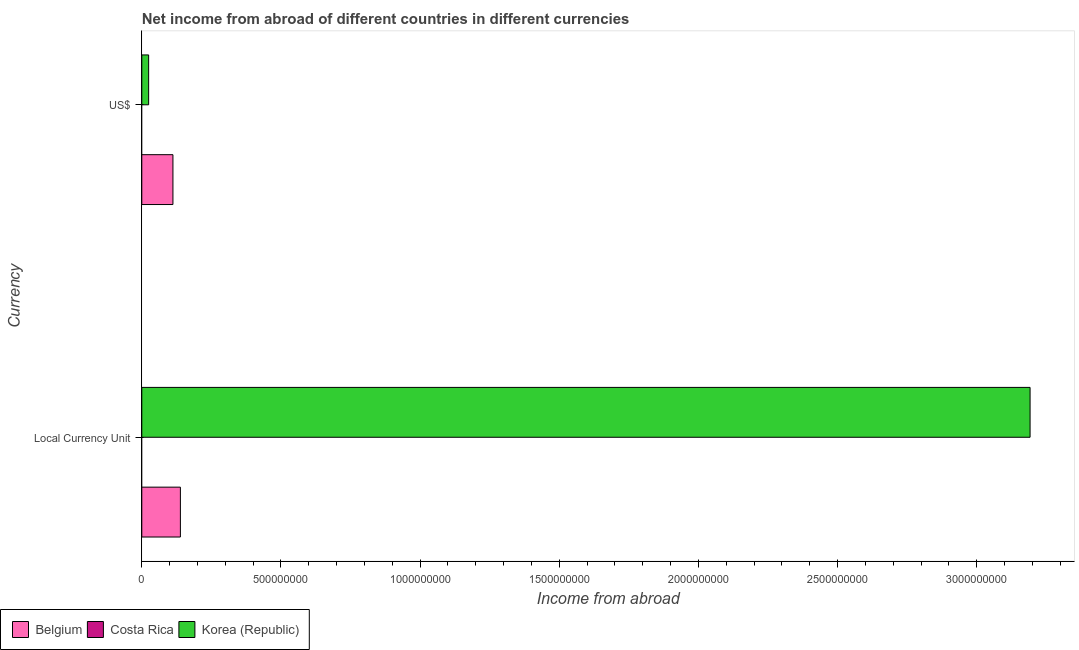
| Currency | Belgium | Costa Rica | Korea (Republic) |
 | --- | --- | --- | --- |
 | Local Currency Unit | 1.39e+08 | -6.35e+07 | 3.19e+09 |
 | US$ | 1.12e+08 | -9.55e+06 | 2.45e+07 |